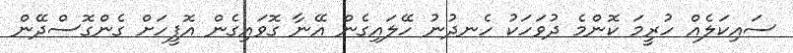
ސައިކަލެއް ހުރީމަ ކޮންމެ ދުވަހަކު ހެނދުނު ހޭލައިގެން އޭނާ ގޮވައިގެން އޮފީހަށް ގެންގޮސްދޭން